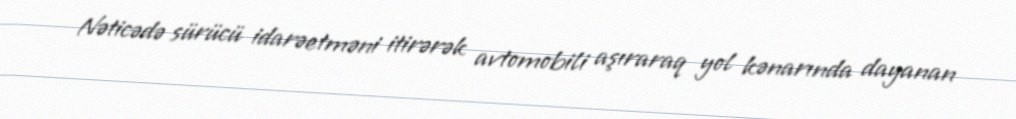
Nəticədə sürücü idarəetməni itirərək avtomobili aşıraraq yol kənarında dayanan